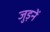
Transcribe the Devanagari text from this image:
जुड़नें